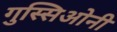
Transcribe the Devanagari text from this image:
गुस्सिओनी